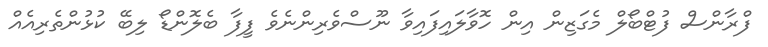
ފްރާންސް ފުޓްބޯލް މެގަޒިން އިން ހޮވާލައިފައިވާ ނޫސްވެރިންނެވެ ފީފާ ބެލޮންޑޯ ލިބޭ ކުޅުންތެރިއެއް